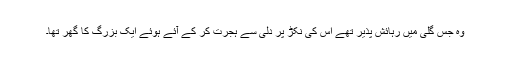
وہ جس گلی میں رہائش پذیر تھے اس کی نکڑ پر دلی سے ہجرت کر کے آئے ہوئے ایک بزرگ کا گھر تھا۔